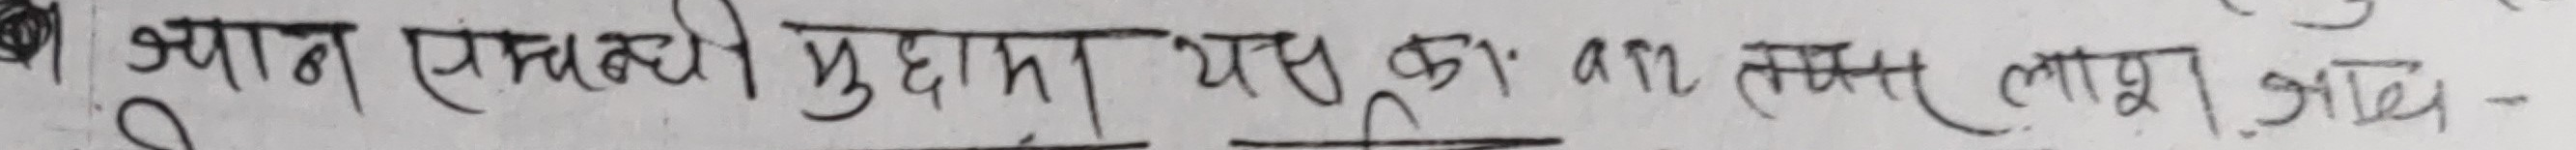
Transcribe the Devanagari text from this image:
ब्याज एलाकामा यु.कुं ०१ लखस लाभांश बाकि